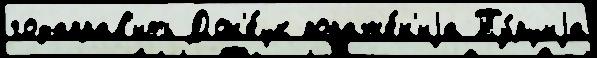
годаправ'ить Дон'е́цк пораже́н'иjа Ту́рциjа